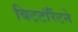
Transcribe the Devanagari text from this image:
बिटटॉरेंटने